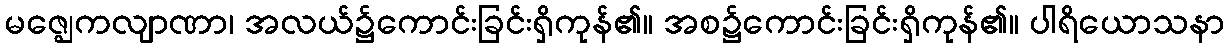
မဇ္ဈေကလျာဏာ၊ အလယ်၌ကောင်းခြင်းရှိကုန်၏။ အစ၌ကောင်းခြင်းရှိကုန်၏။ ပါရိယောသနာ